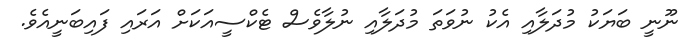
ނޫނީ ބަޔަކު މުދަލާއި އެކު ނުވަތަ މުދަލާއި ނުލާވެސް ޓެކްސީއަކަށް އަރައި ފައިބަނީއެވެ.